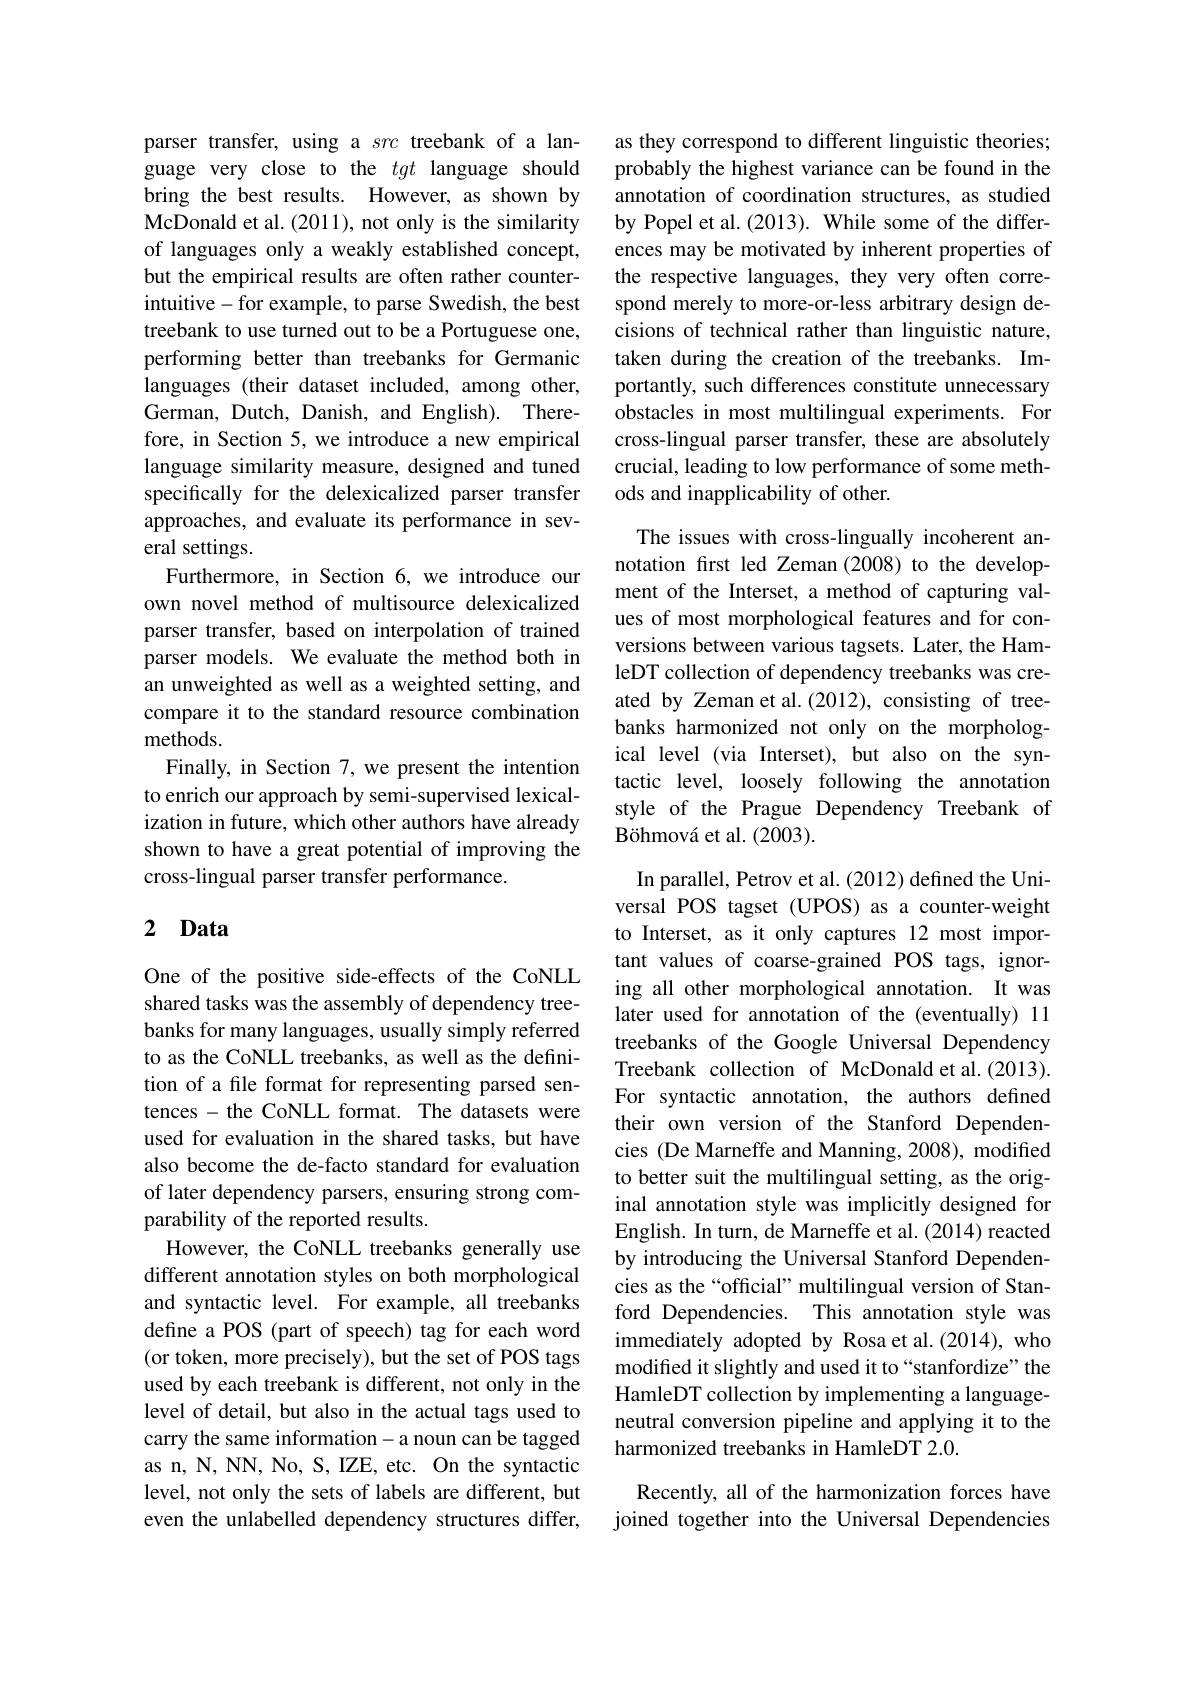
parser transfer, using a src treebank of a language very close to the tgt language should bring the best results. However, as shown by McDonald et al. (2011), not only is the similarity of languages only a weakly established concept, but the empirical results are often rather counterintuitive-for example, to parse Swedish, the best treebank to use turned out to be a Portuguese one, performing better than treebanks for Germanic languages (their dataset included, among other, German, Dutch, Danish, and English). Therefore, in Section 5, we introduce a new empirical language similarity measure, designed and tuned specifically for the delexicalized parser transfer approaches, and evaluate its performance in several settings.
Furthermore, in Section 6, we introduce our own novel method of multisource delexicalized parser transfer, based on interpolation of trained parser models. We evaluate the method both in an unweighted as well as a weighted setting, and compare it to the standard resource combination methods.
Finally, in Section 7, we present the intention to enrich our approach by semi-supervised lexicalization in future, which other authors have already shown to have a great potential of improving the cross-lingual parser transfer performance.

## 2 Data

One of the positive side-effects of the CoNLL shared tasks was the assembly of dependency treebanks for many languages, usually simply referred to as the CoNLL treebanks, as well as the definition of a file format for representing parsed sentences - the CoNLL format. The datasets were used for evaluation in the shared tasks, but have also become the de-facto standard for evaluation of later dependency parsers, ensuring strong comparability of the reported results.
However, the CoNLL treebanks generally use different annotation styles on both morphological and syntactic level. For example, all treebanks define a POS (part of speech) tag for each word (or token, more precisely), but the set of POS tags used by each treebank is different, not only in the level of detail, but also in the actual tags used to carry the same information-a noun can be tagged as n, N, NN, No, S, IZE, etc. On the syntactic level, not only the sets of labels are different, but even the unlabelled dependency structures differ,

as they correspond to different linguistic theories; probably the highest variance can be found in the annotation of coordination structures, as studied by Popel et al. (2013). While some of the differences may be motivated by inherent properties of the respective languages, they very often correspond merely to more-or-less arbitrary design decisions of technical rather than linguistic nature, taken during the creation of the treebanks. Importantly, such differences constitute unnecessary obstacles in most multilingual experiments. For cross-lingual parser transfer, these are absolutely crucial, leading to low performance of some methods and inapplicability of other.

The issues with cross-lingually incoherent annotation fırst led Zeman (2008) to the development of the Interset, a method of capturing values of most morphological features and for conversions between various tagsets. Later, the HamleDT collection of dependency treebanks was created by Zeman et al.(2012), consisting of treebanks harmonized not only on the morphological level (via Interset), but also on the syntactic level, loosely following the annotation style of the Prague Dependency Treebank of B$\" {o}$hmov$\' {a}$etal. ( 2003) .

In parallel, Petrov et al. (2012) defined the Universal POS tagset (UPOS) as a counter-weight to Interset, as it only captures 12 most important values of coarse-grained POS tags, ignoring all other morphological annotation. It was later used for annotation of the (eventually) 11 treebanks of the Google Universal Dependency Treebank collection of McDonald et al.(2013). For syntactic annotation, the authors defined their own version of the Stanford Dependencies (De Marneffe and Manning, 2008), modified to better suit the multilingual setting, as the original annotation style was implicitly designed for English. In turn, de Marneffe et al. (2014) reacted by introducing the Universal Stanford Dependencies as the“official”multilingual version of Stanford Dependencies. This annotation style was immediately adopted by Rosa et al.(2014), who modified it slightly and used it to“stanfordize” the HamleDT collection by implementing a languageneutral conversion pipeline and applying it to the harmonized treebanks in HamleDT 2.0.

Recently, all of the harmonization forces have joined together into the Universal Dependencies